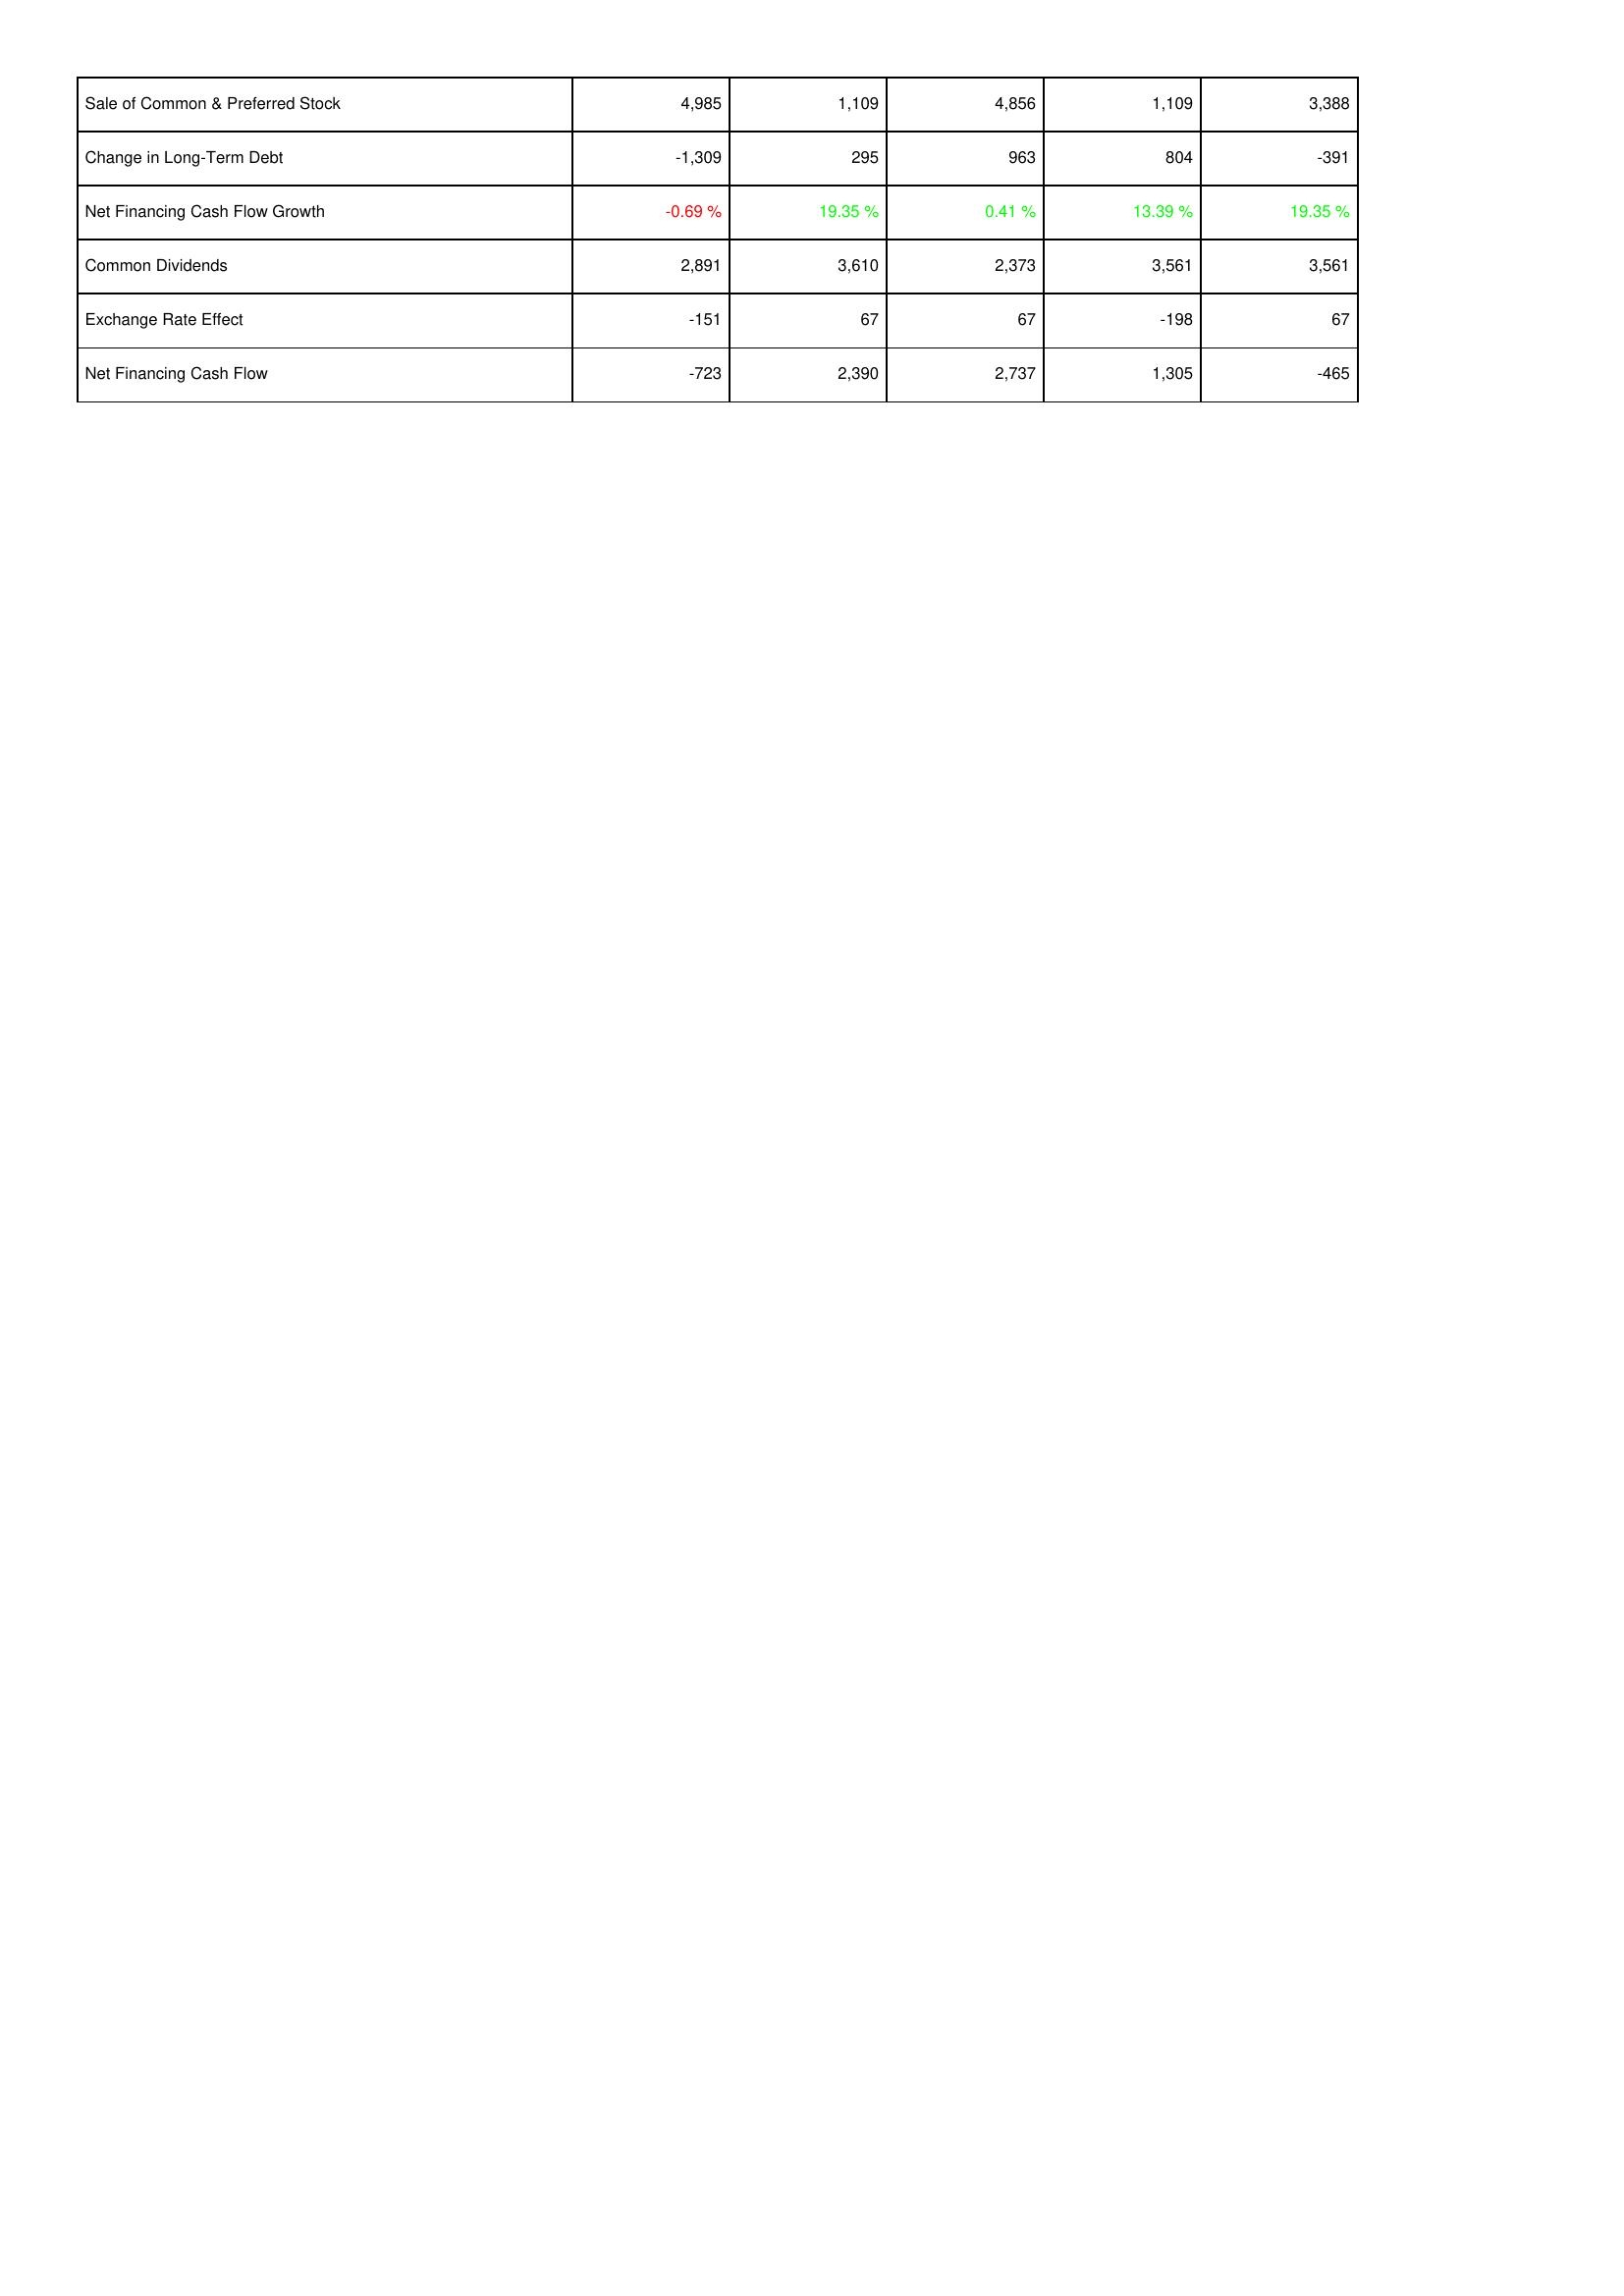
2010: Financing Activities: Sale of Common & Preferred Stock: 4,985
Change in Long-Term Debt: -1,309
Net Financing Cash Flow Growth: -0.69 %
Common Dividends: 2,891
Exchange Rate Effect: -151
Net Financing Cash Flow: -723
2011: Financing Activities: Sale of Common & Preferred Stock: 1,109
Change in Long-Term Debt: 295
Net Financing Cash Flow Growth: 19.35 %
Common Dividends: 3,610
Exchange Rate Effect: 67
Net Financing Cash Flow: 2,390
2012: Financing Activities: Sale of Common & Preferred Stock: 4,856
Change in Long-Term Debt: 963
Net Financing Cash Flow Growth: 0.41 %
Common Dividends: 2,373
Exchange Rate Effect: 67
Net Financing Cash Flow: 2,737
2013: Financing Activities: Sale of Common & Preferred Stock: 1,109
Change in Long-Term Debt: 804
Net Financing Cash Flow Growth: 13.39 %
Common Dividends: 3,561
Exchange Rate Effect: -198
Net Financing Cash Flow: 1,305
2014: Financing Activities: Sale of Common & Preferred Stock: 3,388
Change in Long-Term Debt: -391
Net Financing Cash Flow Growth: 19.35 %
Common Dividends: 3,561
Exchange Rate Effect: 67
Net Financing Cash Flow: -465